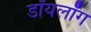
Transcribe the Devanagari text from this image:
डॉयलॉग